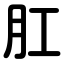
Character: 肛